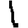
Digit: 1